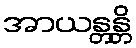
အာယန္တန္တိ